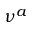
\nu ^ { a }